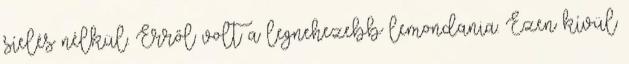
síelés nélkül. Erről volt a legnehezebb lemondania. Ezen kívül